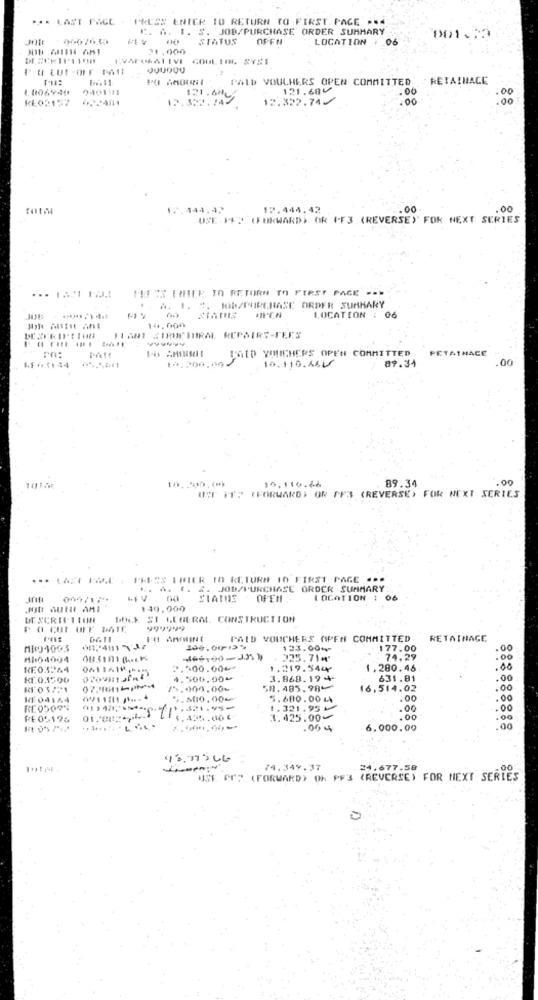
... LAST PAGE - PRESS ENTCR TO RETURN TO FIRST. PAGE ***
C. A. I. S. JOB/PURCHASE ORDER SUMMARY
JOB
F4 00
STATUS
OPEN
LOCATION
06
001-23
21.000
KVAPUMALEVI COOLING SYST
PAID VOULHERS OPEN COMMITTED
"RETAINAGE
1.006944
0101111
121.684
.00
.00
KE02157
12.352.142
12.322.74⑇
.00
00
12.444.42
12.444.42
.00
.00
USE PF? (FORWARD) OR FF3 (REVERSE)' FOR NEXT SERIES
THEES THEE IO RETURN TO FIRST PAGE ...
.A. 1. 2. JOR/PURCHASE ORDER SUMMARY
14.000
LOCATION : 06
PLANT SIMOICHBRAL REPAIRS-FEES
PAft
PETATNACE
10.300.00
SAID YOUICHERS OPEN COMMITTED
10.110.46U
89.34
.00
.200.00
89.34
.00
101A5
USE IT? (FORWARD) OR FF3 (REVERSE, FOR NEXT SERIES
10.110.66
... LAS DE | PHESS THIER 10 KLTURN 10 FIRST PAGE ...
E. A. t. &. JOB/PURCHASE ORDER SUMMARY
CIATOE
OFEN
LOCATION : 06
140.000
DESCRIPTION
DOLK SI LEHERAL. CONSTRUCTION
P O CUL OFF MATE
DATE
PAID VOUCHERS OPEN COMMITTED
RETAINAGE
MI191003
002481-732
123.001
177.00
.00
HI04004
225.71₩
74.29
.00
RE03264
0611410-15
2.500.00+
1.219.54 x
1.280.46
.00
⑆500,00₺
3.869.19+
. 631.81
.00
15.000.00%
59.485.984
16,514.02
.00
KE 04164
5.600.00
5.680.00 L
.00
.00
RE 05094
1.321.95 v
.00
RE05-175
7.425.00
.00
.00
.00 4
6,000.00
.00
74.349.37
24.677.58
USE OF? (FORWARD) Oh PF3 (REVERSE) FOR NEXT SERIES